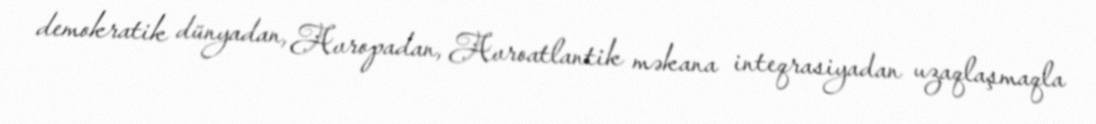
demokratik dünyadan, Avropadan, Avroatlantik məkana inteqrasiyadan uzaqlaşmaqla